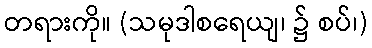
တရားကို။ (သမုဒါစရေယျ၊ ၌ စပ်၊)